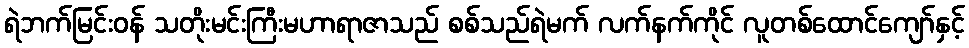
ရဲဘက်မြင်းဝန် သတိုးမင်းကြီးမဟာရာဇာသည် စစ်သည်ရဲမက် လက်နက်ကိုင် လူတစ်ထောင်ကျော်နှင့်